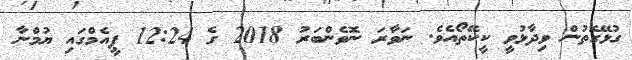
ގުޅޭގޮތުން ވިދާޅުވީ ކީކޭތޯއެވެ. ނަވާރަ ނޮވެންބަރު 2018 ގެ 12:24 ޕީއެމްގައި ޔުމްނާ